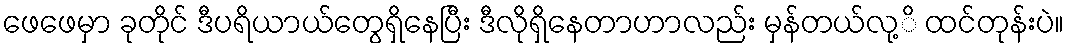
ဖေဖေမှာ ခုတိုင် ဒီပရိယာယ်တွေရှိနေပြီး ဒီလိုရှိနေတာဟာလည်း မှန်တယ်လု့ိ ထင်တုန်းပဲ။